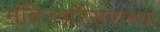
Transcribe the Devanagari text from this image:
मंदिरपरिसराच्या